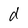
Character: d